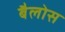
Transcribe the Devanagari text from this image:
बैलोस